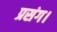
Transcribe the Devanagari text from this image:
प्रसंग।